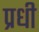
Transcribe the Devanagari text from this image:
प्रधी